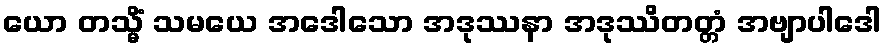
ယော တသ္မိံ သမယေ အဒေါသော အဒုဿနာ အဒုဿိတတ္တံ အဗျာပါဒေါ